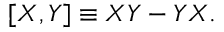
[ X , Y ] \equiv X Y - Y X .